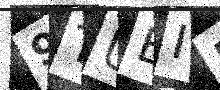
Text: 9TUEIR